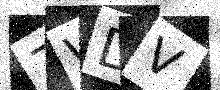
Text: 7WDV